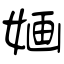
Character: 婳